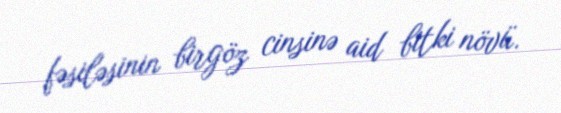
fəsiləsinin birgöz cinsinə aid bitki növü.